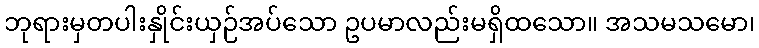
ဘုရားမှတပါးနှိုင်းယှဉ်အပ်သော ဥပမာလည်းမရှိထသော။ အသမသမော၊